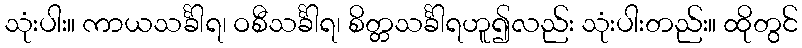
သုံးပါး။ ကာယသင်္ခါရ၊ ဝစီသင်္ခါရ၊ စိတ္တသင်္ခါရဟူ၍လည်း သုံးပါးတည်း။ ထိုတွင်